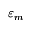
\varepsilon _ { m }